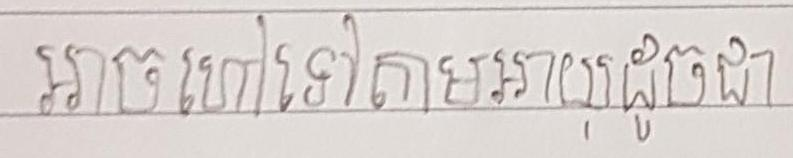
អាចហៅទៅតាមអាយុដូចជា